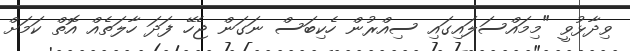
ވިދާޅުވީ "މިމައްސަލައިގައި ސިއްރުން ހެކިބަސް ނަގަން ޖެހޭ ފަދަ ހާލަތެއް އޮތް ކަމަށް